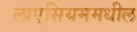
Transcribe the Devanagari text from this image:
लाएसियममधील